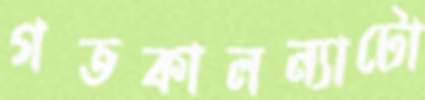
গতকালন্যাটো